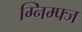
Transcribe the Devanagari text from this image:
ग्निम्फ्ज